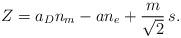
LaTeX: \begin{align*}Z= a_D n_m - a n_e + {m\over\sqrt{2}}\, s.\end{align*}